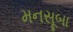
મનસૂબા